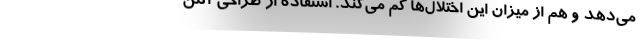
می‌دهد و هم از میزان این اختلال‌ها کم می‌کند. استفاده از طراحی آنتن